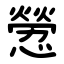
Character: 憥